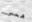
همس